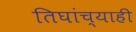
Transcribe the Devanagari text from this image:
तिघांच्याही